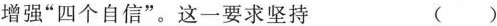
增强”四个自信”。这一要求坚持 ( )